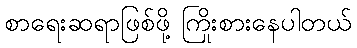
စာရေးဆရာဖြစ်ဖို့ ကြိုးစားနေပါတယ်